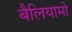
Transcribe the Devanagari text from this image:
बैलियामो